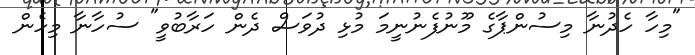
"މިހާ ހެދުނާ މިސުންޕާގެ މޫނުފެނުނީމަ މުޅި ދުވަސް ދެން ހަރާބުވީ" ސުހާނާ މިހެން